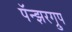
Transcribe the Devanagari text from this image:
पॅन्झरग्रुप